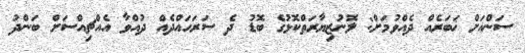
ސަންއަށް ޚަބަރެއް ދެއްވުމަށް: ލޮނުޒިޔާރަތްކޮޅުގެ ބޮޑު ދެ ސަރަހައްދެއް ދުއްވާ އެއްޗިއްސަށް ބަންދު